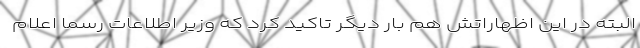
البته در این اظهاراتش هم بار دیگر تاکید کرد که وزیر اطلاعات رسما اعلام